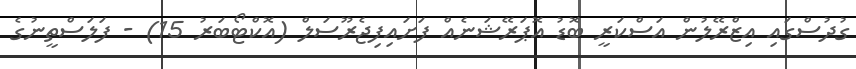
ގުދުސްގައި އިޒްރޭލުން އަސްކަރީ ބޮޑު އޮޕަރޭޝަނެއް ފަށައިފިޖެރޫސަލް (އޮކްޓޯބަރު 15) - ފަލަސްތީނުގެ